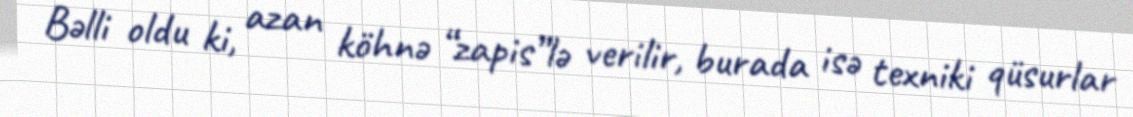
Bəlli oldu ki, azan köhnə “zapis”lə verilir, burada isə texniki qüsurlar